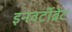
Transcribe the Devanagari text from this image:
इनवर्टीब्रेट